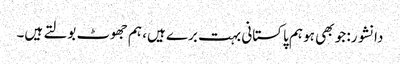
دانشور: جو بھی ہو ہم پاکستانی بہت برے ہیں، ہم جھوٹ بولتے ہیں۔